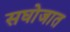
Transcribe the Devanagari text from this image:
सघोजात